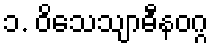
၁. ဝိသေသျာဓီနဝဂ္ဂ